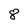
Character: 8